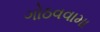
ગોઠવવામા